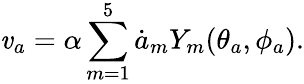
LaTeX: \mathit{v}_{a}=\alpha\sum_{m=1}^{5}\dot{{a}}_{m}Y_{m}(\theta_{a},\phi_{a}).